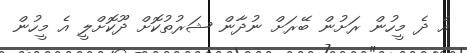
އެ ދެ މީހުން ރަށުން ބޭރަށް ނުދާން ޝަރުތުކޮށް ދޫކޮށްލީ އެ މީހުން